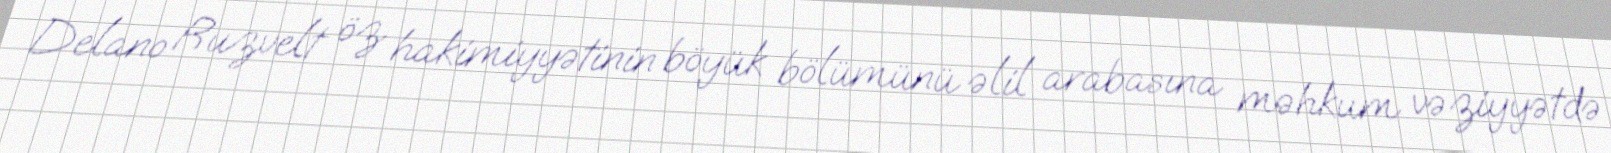
Delano Ruzvelt öz hakimiyyətinin böyük bölümünü əlil arabasına məhkum vəziyyətdə